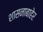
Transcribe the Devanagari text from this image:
शासनाबाहेर